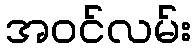
အဝင်လမ်း